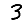
Digit: 3